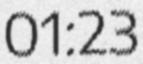
01:23